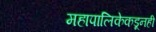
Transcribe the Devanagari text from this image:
महापालिकेकडूनही